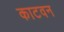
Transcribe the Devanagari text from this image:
काटवन